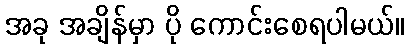
အခု အချိန်မှာ ပို ကောင်းစေရပါမယ်။